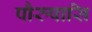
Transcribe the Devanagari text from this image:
पौरुषासि